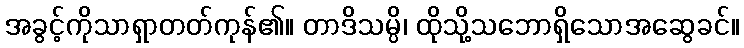
အခွင့်ကိုသာရှာတတ်ကုန်၏။ တာဒိသမ္ပိ၊ ထိုသို့သဘောရှိသောအဆွေခင်။